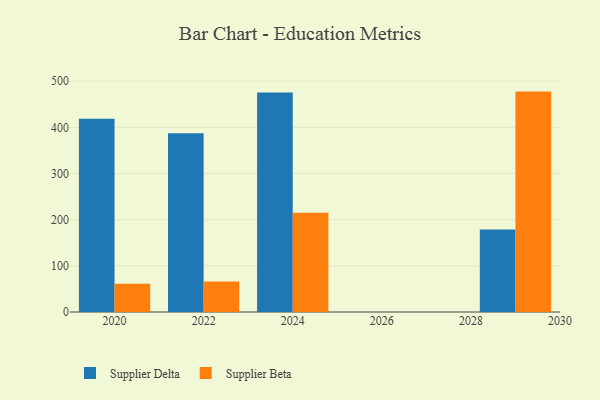
{"axis": {"x": "Year", "y": "LTV (USD)"}, "legend": ["Supplier Beta", "Supplier Delta"], "data": [{"x": "2020", "y": 418.6, "type": "Supplier Delta"}, {"x": "2020", "y": 61.4, "type": "Supplier Beta"}, {"x": "2024", "y": 475.4, "type": "Supplier Delta"}, {"x": "2024", "y": 215.1, "type": "Supplier Beta"}, {"x": "2022", "y": 387.4, "type": "Supplier Delta"}, {"x": "2022", "y": 65.9, "type": "Supplier Beta"}, {"x": "2029", "y": 178.6, "type": "Supplier Delta"}, {"x": "2029", "y": 477.5, "type": "Supplier Beta"}]}